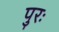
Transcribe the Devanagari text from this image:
पुरः